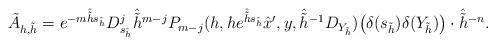
LaTeX: \begin{align*} \tilde A_{h,\tilde h} = e^{-m\hat{\tilde h} s_{\tilde h}} D_{s_{\tilde h}}^j \hat{\tilde h}^{m-j} P_{m-j}(h,h e^{\hat{\tilde h}s_{\tilde h}}\hat x',y,\hat{\tilde h}{}^{-1} D_{Y_{\tilde h}})\bigl(\delta(s_{\tilde h})\delta(Y_{\tilde h})\bigr)\cdot\hat{\tilde h}{}^{-n}. \end{align*}